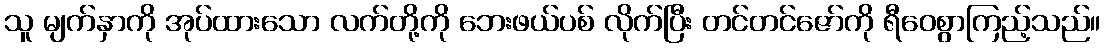
သူ မျက်နှာကို အုပ်ထားသော လက်တို့ကို ဘေးဖယ်ပစ် လိုက်ပြီး တင်တင်ဇော်ကို ရီဝေစွာကြည့်သည်။